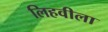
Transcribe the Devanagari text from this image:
लिहवीला